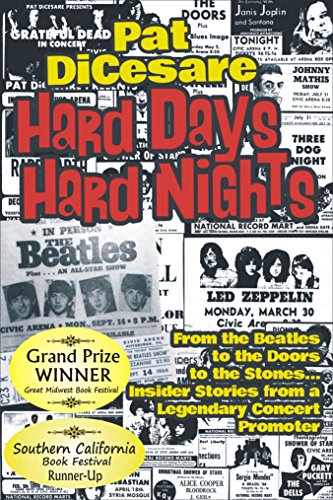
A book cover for Hard Days Hard Nights: From the Beatles to the Doors to the Stones... Insider Stories From a Legendary Concert Promoter; Pat DiCesare; Humor & Entertainment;